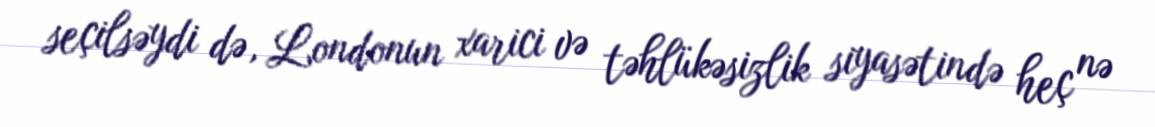
seçilsəydi də, Londonun xarici və təhlükəsizlik siyasətində heç nə